Magi,_Artur, lk 11
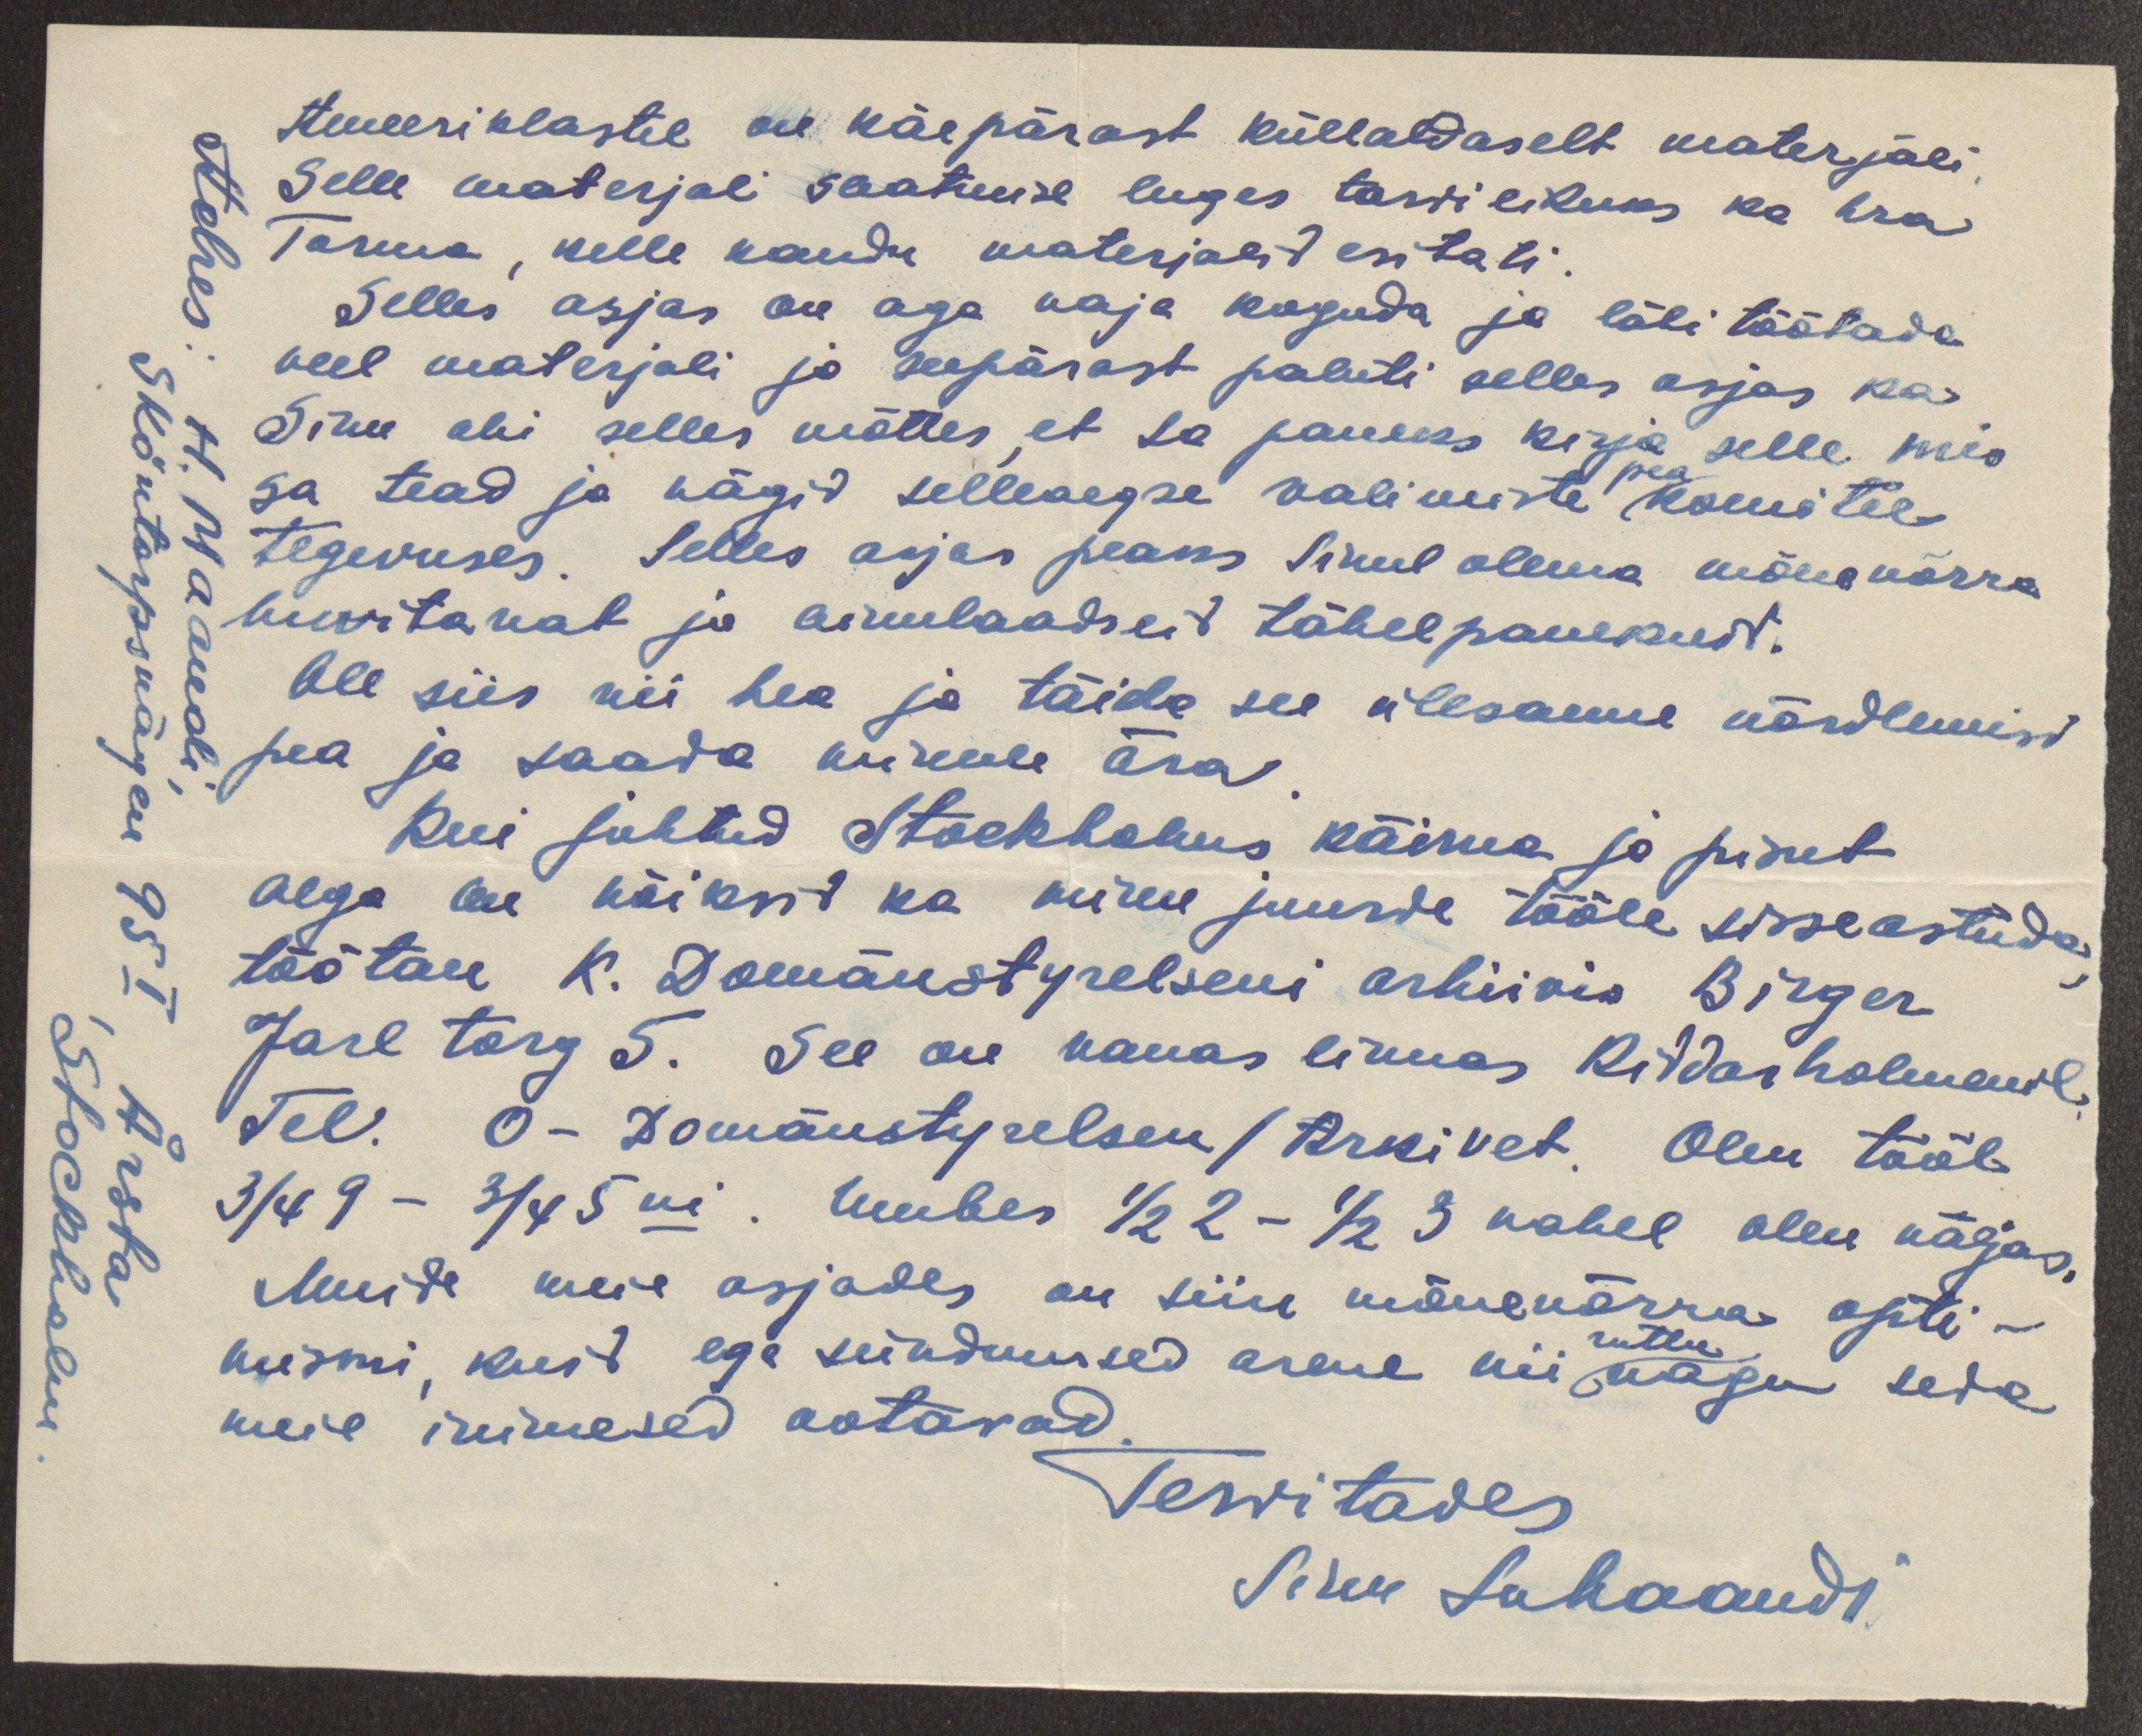
Ameeriklastel on käepärast küllaldaselt materjali.
Selle materjali saatmise luges tarvilikuks ka hra
Tarma, kelle kaudu materjalid esitati.
Selles asjas on aga vaja koguda ja läbi töötada
veel materjali ja seepärast paluti selles asjas ka
Sinu abi selles mõttes, et sa paneks kirja selle mis
pea
Sa tead ja nägid selleaegse valimiste komitee
tegevuses. Selles asjas peaks Sinul olema mõnevõrra
huvitavat ja ainulaadseid tähelpanekuid.
Ole siis nii hea ja täida see ülesanne võrdlemisi
pea ja saada minule ära.
Kui juhtud Stockholms käima ja pisut
aega on võiksid ka minu juurde tööle sisseastuda,
töötan K. Domänstyrelseni arhiivis Birger
Jarl torg 5. See on vanas linnas Riddarholmenil.
Tel. O - Domänstyrelsen / Arkivet. Olen tööl
3/4 9 - 3/4 5ni. Umbes 1/2 2 - 1/2 3 vahel olen väljas.
Muide meie asjades on siin mõnevõrra opti-
ruttu
mismi, kuid ega sündmused arene nii nagu seda
meie inimesed ootavad.
Tervitades
Sinu HMaandi
Adres: H. Maandi,
Sköntorpsvägen 95 I, Arsta
Stockholm.